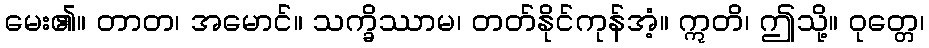
မေး၏။ တာတ၊ အမောင်။ သက္ခိဿာမ၊ တတ်နိုင်ကုန်အံ့။ ဣတိ၊ ဤသို့။ ဝုတ္တေ၊